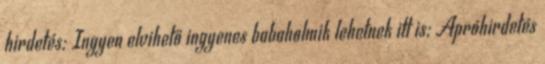
hirdetés; Ingyen elvihető ingyenes babaholmik lehetnek itt is; Apróhirdetés